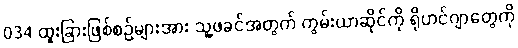
034 ထူးခြားဖြစ်စဉ်များအား သူ့ဖခင်အတွက် ကွမ်းယာဆိုင်ကို ရိုဟင်ဂျာတွေကို